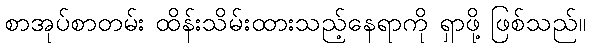
စာအုပ်စာတမ်း ထိန်းသိမ်းထားသည့်နေရာကို ရှာဖို့ ဖြစ်သည်။